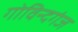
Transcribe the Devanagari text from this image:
गोविन्‍दगंज